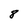
Character: 8